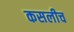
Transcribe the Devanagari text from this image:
कसलीच